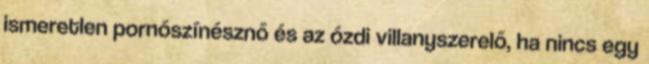
ismeretlen pornószínésznő és az ózdi villanyszerelő, ha nincs egy